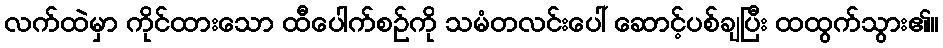
လက်ထဲမှာ ကိုင်ထားသော ထီပေါက်စဉ်ကို သမံတလင်းပေါ် ဆောင့်ပစ်ချပြီး ထထွက်သွား၏။